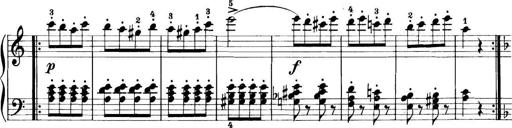
Title: 11 Sonatinas
Composer: Anton Diabelli